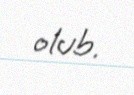
olub.